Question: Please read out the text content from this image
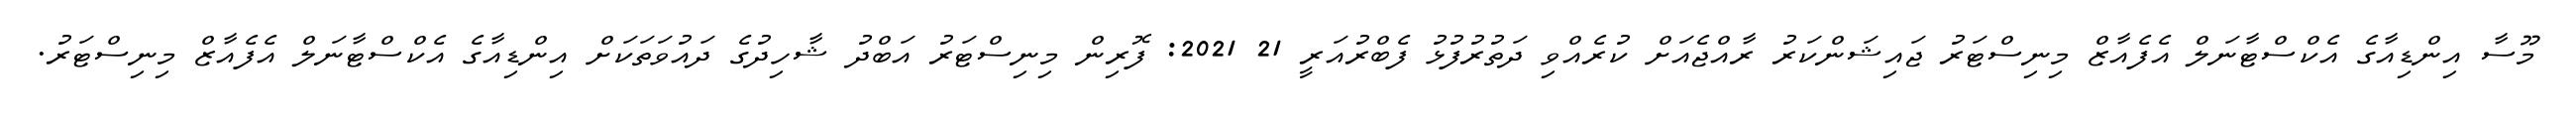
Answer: މޫސާ އިންޑިއާގެ އެކްސްޓާނަލް އެފެއާޒް މިނިސްޓަރު ޖައިޝަންކަރު ރާއްޖެއަށް ކުރެއްވި ދަތުރުފުޅު ފެބްރުއަރީ 21 2021: ފޮރިން މިނިސްޓަރު އަބްދު ޝާހިދުގެ ދައުވަތަކަށް އިންޑިއާގެ އެކްސްޓާނަލް އެފެއާޒް މިނިސްޓަރު.